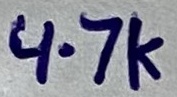
Text: 4.7K